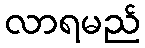
လာရမည်